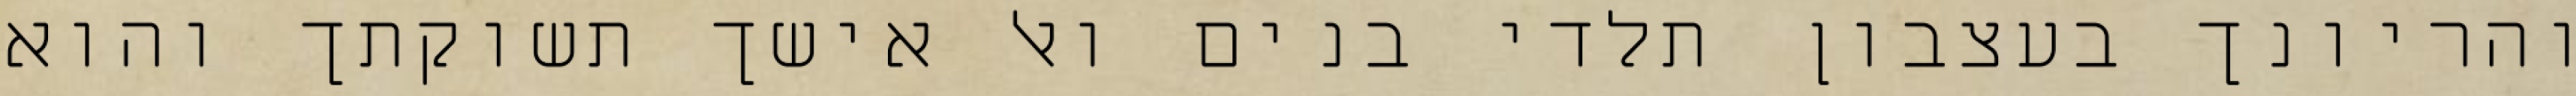
והריונך בעצבון תלדי בנים ואל אישך תשוקתך והוא